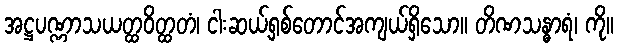
အဋ္ဌပဏ္ဏာသယတ္ထဝိတ္ထတံ၊ ငါးဆယ့်ရှစ်တောင်အကျယ်ရှိသော။ တိဏသန္ဓာရံ၊ ကို။